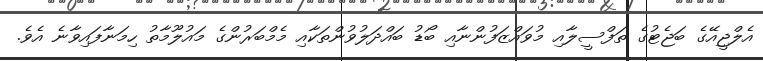
އެލްޖީއޭގެ ބަޖެޓުގެ ތަފްސީލާއި މުވައްޒަފުންނާއި ބޯޑު ބައްދަލުވުންތަކާއި މެމްބަރުންގެ މައުލޫމާތު ހިމަނާފައިވާނެ އެެވެ.